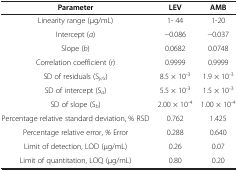
<table><thead><tr><td><b>Parameter</b></td><td><b>LEV</b></td><td><b>AMB</b></td></tr></thead><tbody><tr><td>Linearity range (μg/mL)</td><td>1- 44</td><td>1-20</td></tr><tr><td>Intercept (<i>a</i>)</td><td>−0.086</td><td>−0.037</td></tr><tr><td>Slope (<i>b</i>)</td><td>0.0682</td><td>0.0748</td></tr><tr><td>Correlation coefficient (<i>r</i>)</td><td>0.9999</td><td>0.9999</td></tr><tr><td>SD of residuals (S<sub><i>y/x</i></sub>)</td><td>8.5 × 10<sup>-3</sup></td><td>1.9 × 10<sup>-3</sup></td></tr><tr><td>SD of intercept (S<sub><i>a</i></sub>)</td><td>5.5 × 10<sup>-3</sup></td><td>1.5 × 10<sup>-3</sup></td></tr><tr><td>SD of slope (S<sub><i>b</i></sub>)</td><td>2.00 × 10<sup>-4</sup></td><td>1.00 × 10<sup>-4</sup></td></tr><tr><td>Percentage relative standard deviation, % RSD</td><td>0.762</td><td>1.425</td></tr><tr><td>Percentage relative error, <i>%</i> Error</td><td>0.288</td><td>0.640</td></tr><tr><td>Limit of detection, LOD (μg/mL)</td><td>0.26</td><td>0.07</td></tr><tr><td>Limit of quantitation, LOQ (μg/mL)</td><td>0.80</td><td>0.20</td></tr></tbody></table>